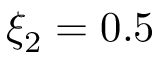
\xi _ { 2 } = 0 . 5